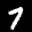
Label: 7